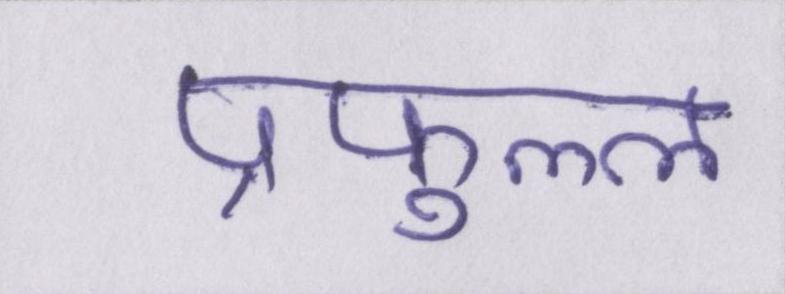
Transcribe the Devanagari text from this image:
प्रफुल्ल